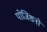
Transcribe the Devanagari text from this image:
पोजिशनों